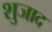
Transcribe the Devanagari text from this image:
शुजाद